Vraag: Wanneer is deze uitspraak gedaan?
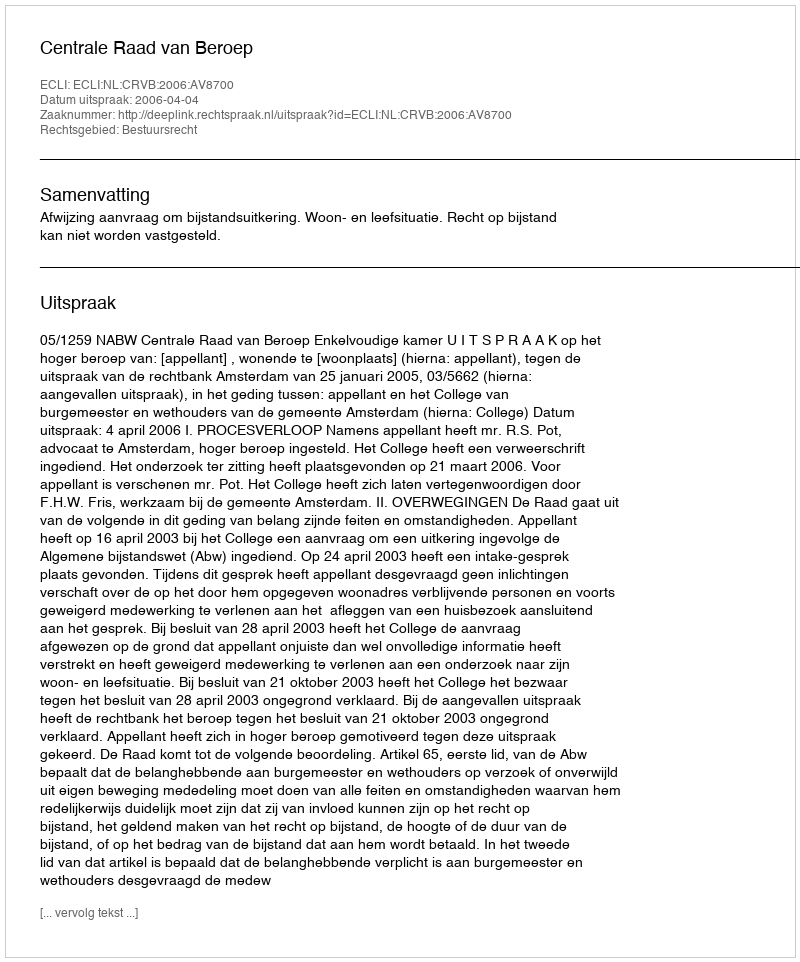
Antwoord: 2006-04-04